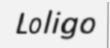
Loligo